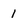
Character: 1